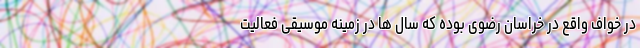
در خواف واقع در خراسان رضوی بوده که سال ها در زمینه موسیقی فعالیت